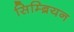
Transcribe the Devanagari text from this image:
सिम्ब्रियन